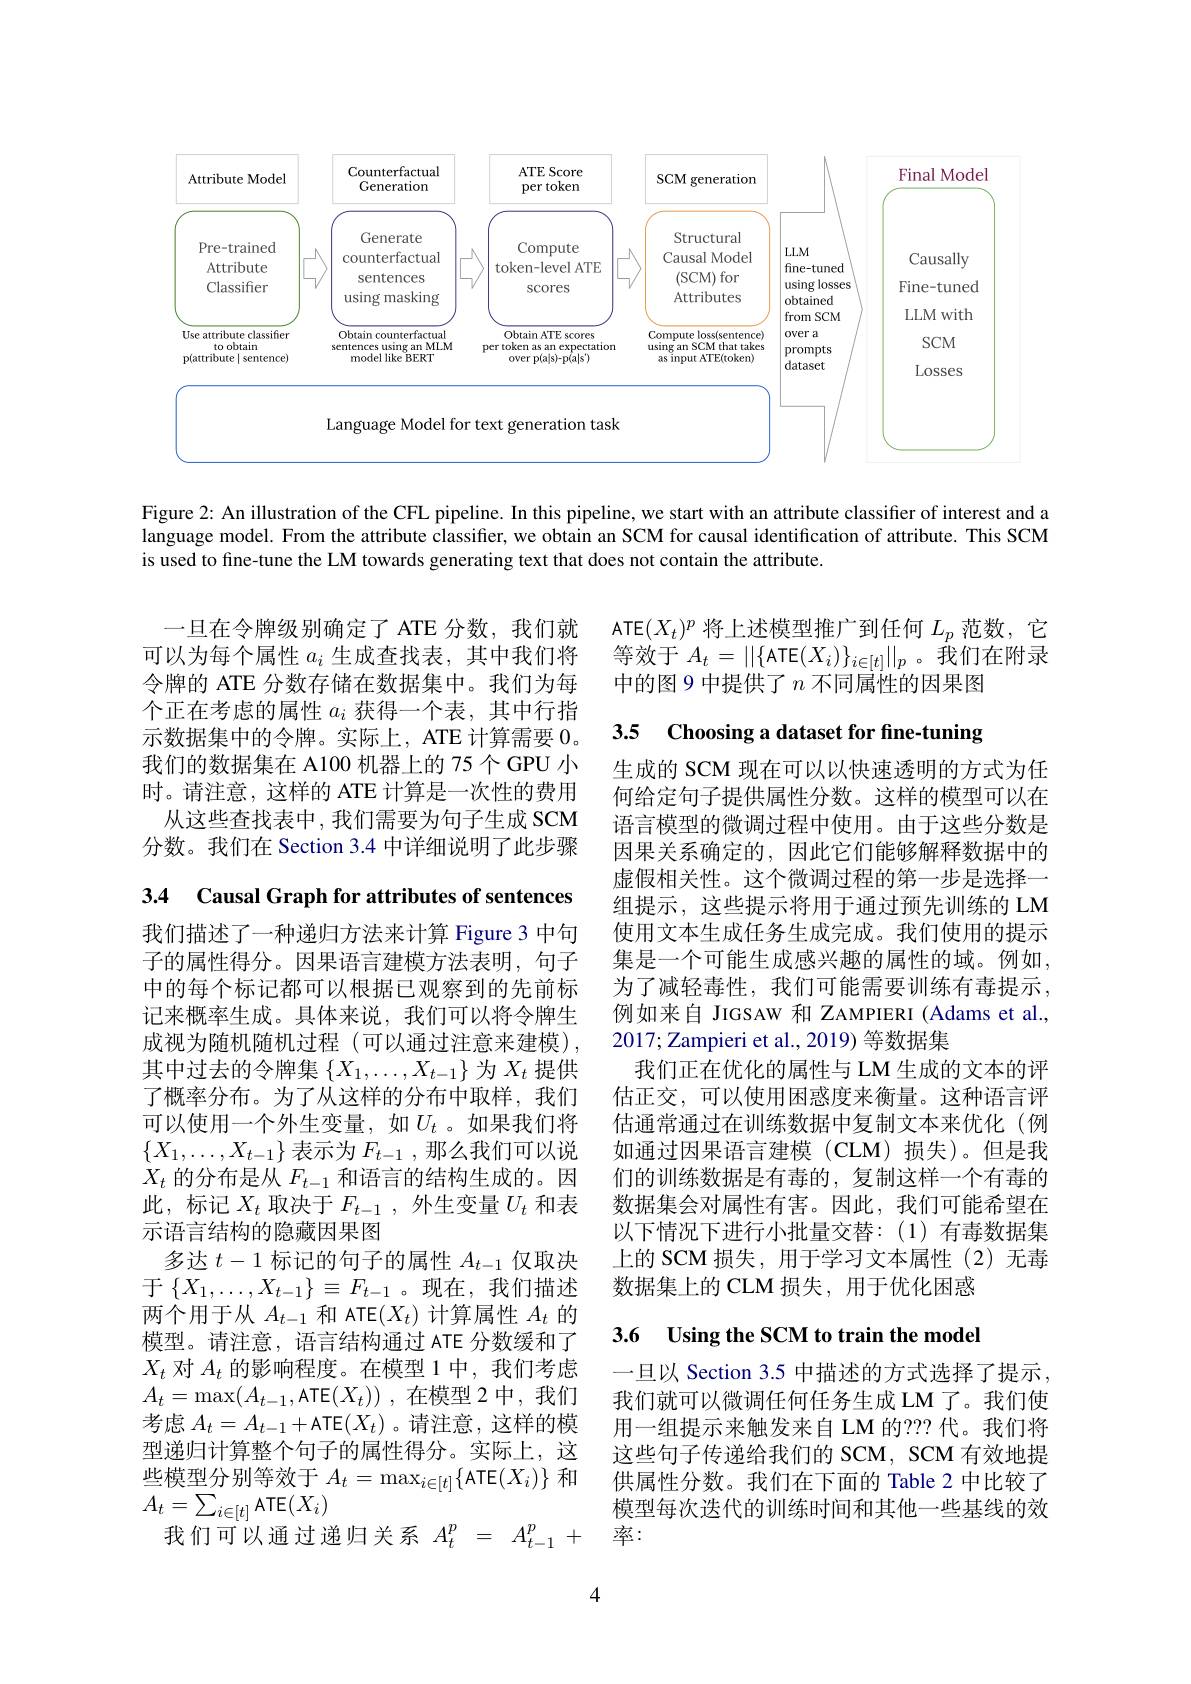
<FigureHere>

Figure 2: An illustration of the CFL pipeline. In this pipeline, we start with an attribute classifier of interest and a language model. From the attribute classifier, we obtain an SCM for causal identification of attribute. This SCM is used to fine-tune the LM towards generating text that does not contain the attribute.

ATE$(X_t)^p$将上述模型推广到任何$L_p$范数，它等效于$A_t=||\{$ATE$(X_i)\}_i\in[t]||_p$。我们在附录中的图 9 中提供了$n$不同属性的因果图

3.5 Choosing a dataset for fine-tuning

一旦在令牌级别确定了 ATE 分数，我们就可以为每个属性$a_i$生成查找表，其中我们将令牌的 ATE 分数存储在数据集中。我们为每个正在考虑的属性$a_i$获得一个表，其中行指示数据集中的令牌。实际上，ATE 计算需要 0。我们的数据集在 A100 机器上的 75 个 GPU 小时。请注意，这样的 ATE 计算是一次性的费用
从这些查找表中，我们需要为句子生成 SCM 分数。我们在 Section 3.4 中详细说明了此步骤

3.4 Causal Graph for attributes of sentences

生成的 SCM 现在可以以快速透明的方式为任何给定句子提供属性分数。这样的模型可以在语言模型的微调过程中使用。由于这些分数是因果关系确定的，因此它们能够解释数据中的虚假相关性。这个微调过程的第一步是选择一组提示，这些提示将用于通过预先训练的 LM 使用文本生成任务生成完成。我们使用的提示集是一个可能生成感兴趣的属性的域。例如， 为了减轻毒性，我们可能需要训练有毒提示， 例如来自 JIGSAW 和 ZAMPIERI (Adams et al., 2017;Zampieri et al., 2019) 等数据集
我们正在优化的属性与 LM 生成的文本的评估正交，可以使用困惑度来衡量。这种语言评估通常通过在训练数据中复制文本来优化(例如通过因果语言建模(CLM)损失)。但是我们的训练数据是有毒的，复制这样一个有毒的数据集会对属性有害。因此，我们可能希望在以下情况下进行小批量交替：(1)有毒数据集上的 SCM 损失，用于学习文本属性(2)无毒数据集上的 CLM 损失，用于优化困惑

我们描述了一种递归方法来计算 Figure 3 中句子的属性得分。因果语言建模方法表明，句子中的每个标记都可以根据已观察到的先前标记来概率生成。具体来说，我们可以将令牌生成视为随机随机过程(可以通过注意来建模), 其中过去的令牌集$\{X_1,\ldots,X_{t-1}\}$为$X_t$提供了概率分布。为了从这样的分布中取样，我们可以使用一个外生变量，如$U_t$。如果我们将$\{X_1,\ldots,X_{t-1}\}$表示为$F_t-1$,那么我们可以说$X_t$的分布是从$F_t-1$和语言的结构生成的。因此，标记$X_t$取决于$F_t-1$,外生变量$U_t$和表示语言结构的隐藏因果图
多达$t-1$标记的句子的属性$A_t-1$仅取决于$\{X_1,\ldots,X_{t-1}\}\equiv F_{t-1}$。现在，我们描述两个用于从$A_t-1$和 ATE$(X_t)$计算属性$A_t$的模型。请注意，语言结构通过 ATE 分数缓和了$X_t$对$A_t$的影响程度。在模型 1 中，我们考虑$A_t=\max(A_{t-1}$,АТЕ$(X_t))$ ,在模型 2 中，我们考虑$A_t=A_{t-1}+$ATE$(X_t)$ 。请注意，这样的模型递归计算整个句子的属性得分。实际上，这些模型分别等效于$A_t=\max_{i\in[t]}\left\{\mathrm{ATE}(X_i)\right\}$和$A_t=\sum_{i\in[t]}$ATE$(X_i)$
我们可以通过递归关系$A_t^p=A_{t-1}^p+$

### 3.6 Using the SCM to train the model

一旦以 Section 3.5 中描述的方式选择了提示， 我们就可以微调任何任务生成 LM 了。我们使用一组提示来触发来自 LM 的？??代。我们将这些句子传递给我们的 SCM, SCM 有效地提供属性分数。我们在下面的 Table 2 中比较了模型每次迭代的训练时间和其他一些基线的效率：

4